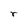
Character: r